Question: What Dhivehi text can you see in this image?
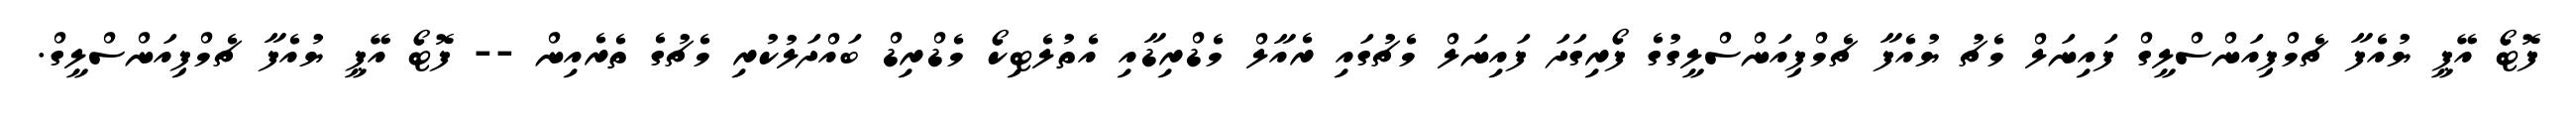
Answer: ފޮޓޯ އޭޕީ ޔުއެފާ ޗެމްޕިއަންސްލީގް ފައިނަލް މެޗު ޔުއެފާ ޗެމްޕިއަންސްލީގުގެ ފޯރިގަދަ ފައިނަލް މެޗުގައި ރެއާލް މެޑްރިޑާއި އެތުލެޓިކޯ މެޑްރިޑް ބައްދަލުކުރި މެޗުގެ ތެރެއިން -- ފޮޓޯ އޭޕީ ޔުއެފާ ޗެމްޕިއަންސްލީގް.